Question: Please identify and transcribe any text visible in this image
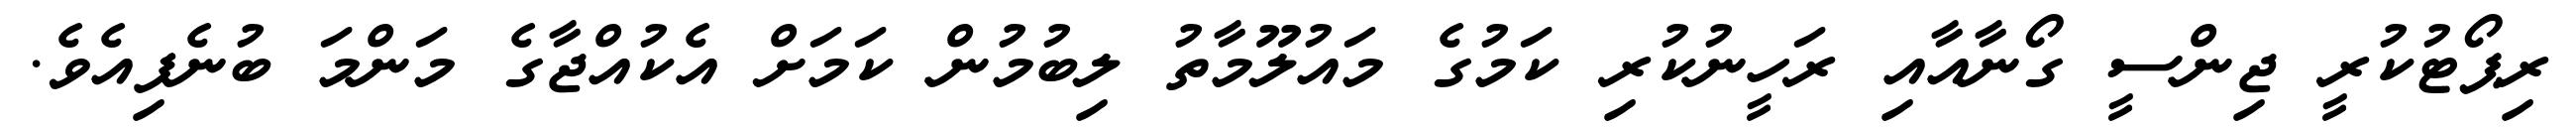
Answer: ރިޕޯޓުކުރީ ޖިންސީ ގޯނާއާއި ރަހީނުކުރި ކަމުގެ މައުލޫމާތު ލިބުމުން ކަމަށް އެކުއްޖާގެ މަންމަ ބުނެފިއެވެ.